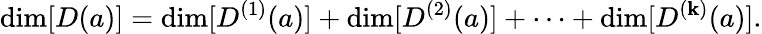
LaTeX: \dim[D(a)]=\dim[D^{(1)}(a)]+\dim[D^{(2)}(a)]+\cdots+\dim[D^{(\mathbf{k})}(a)].